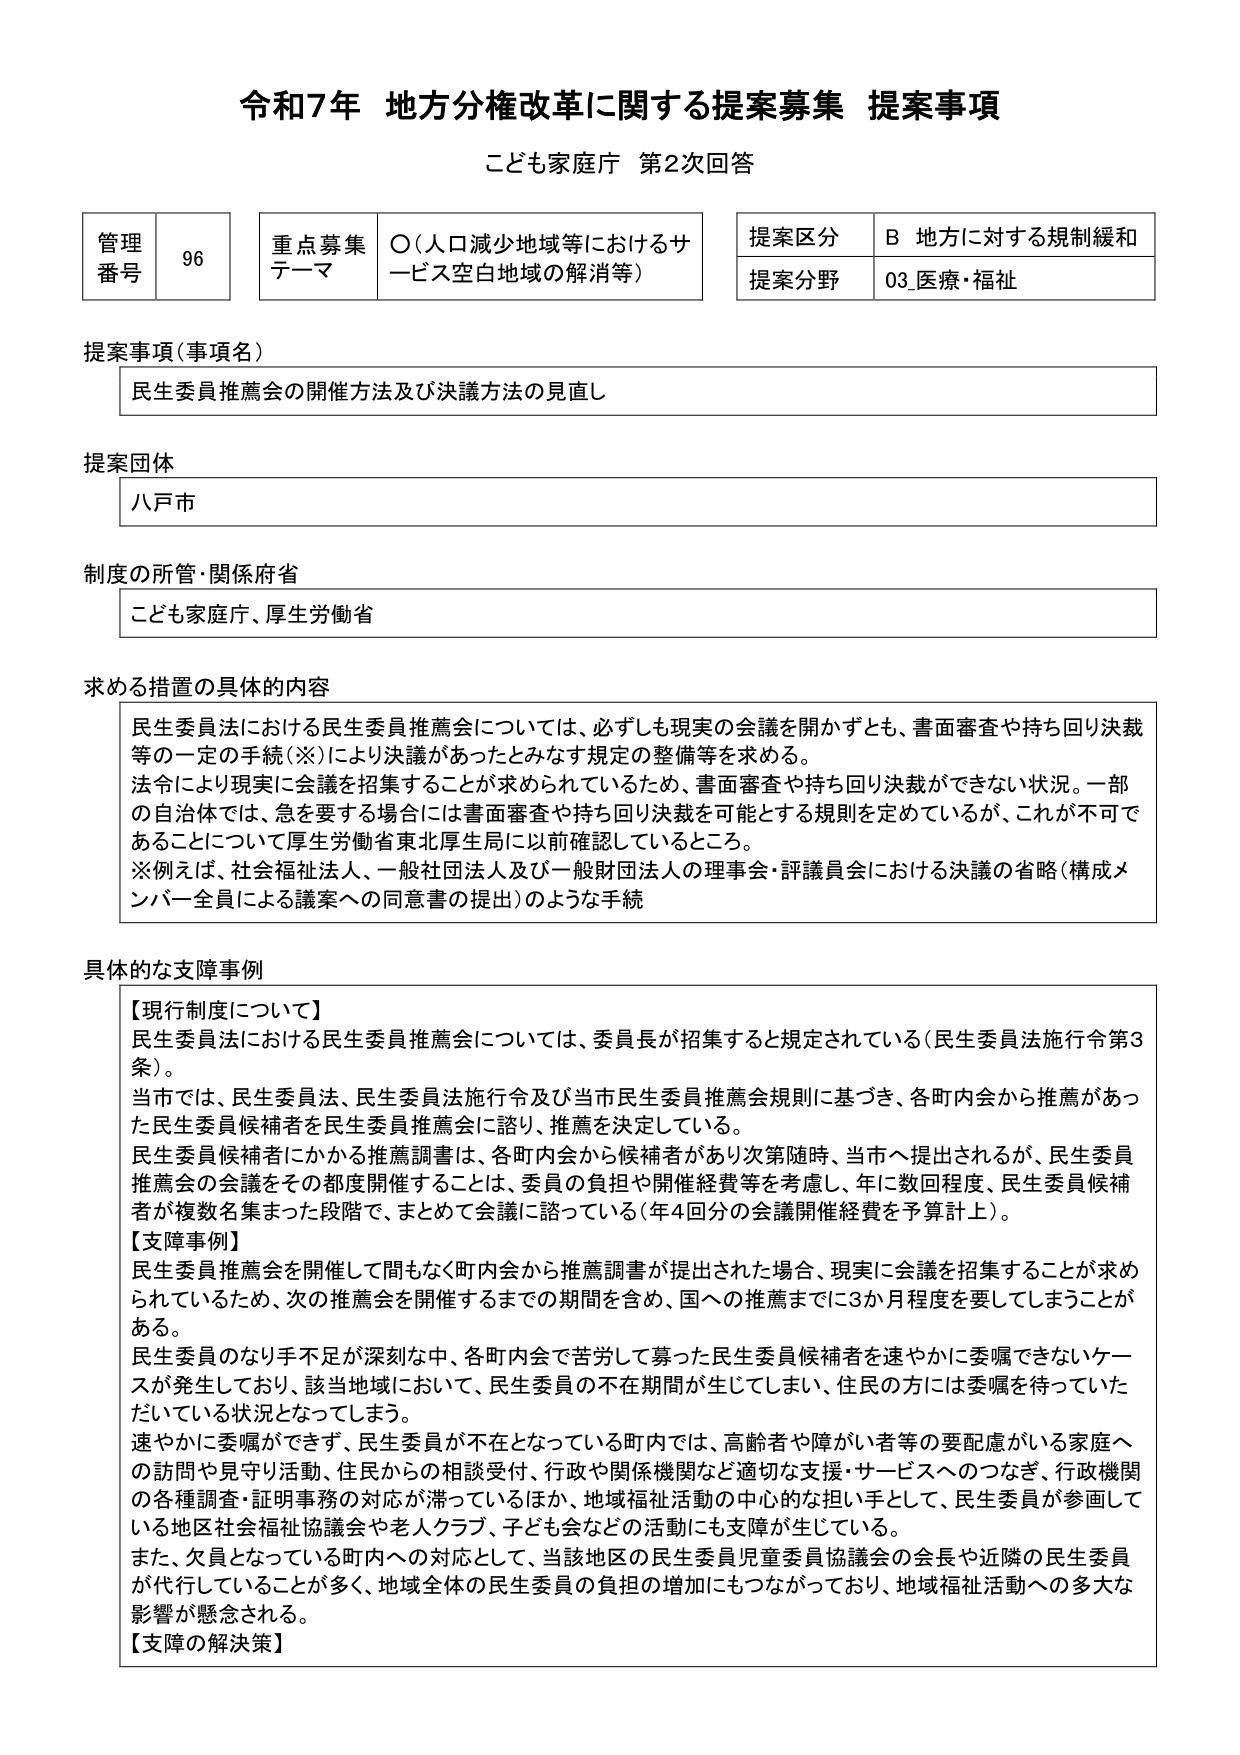
令和7年 地方分権改革に関する提案募集 提案事項
こども家庭庁 第2次回答

管理番号 96
重点募集テーマ ○（人口減少地域等におけるサービス空白地域の解消等）
提案区分 B 地方に対する規制緩和
提案分野 03_医療・福祉

提案事項（事項名）
民生委員推薦会の開催方法及び決議方法の見直し

提案団体
八戸市

制度の所管・関係府省
こども家庭庁、厚生労働省

求める措置の具体的内容
民生委員法における民生委員推薦会については、必ずしも現実の会議を開かずとも、書面審査や持ち回り決裁等の一定の手続（※）により決議があったとみなす規定の整備等を求める。
法令により現実に会議を招集することが求められているため、書面審査や持ち回り決裁ができない状況。一部の自治体では、急を要する場合には書面審査や持ち回り決裁を可能とする規則を定めているが、これが不可であることにについて厚生労働省東北厚生局に以前確認しているところ。
※例えば、社会福祉法人、一般社団法人及び一般財団法人の理事会・評議員会における決議の省略（構成メンバー全員による議案への同意書の提出）のような手続

具体的な支障事例
【現行制度について】
民生委員法における民生委員推薦会については、委員長が招集すると規定されている（民生委員法施行令第3条）。
当市では、民生委員法、民生委員法施行令及び当市民生委員推薦会規則に基づき、各町内会から推薦があった民生委員候補者を民生委員推薦会に諮り、推薦を決定している。
民生委員候補者にかかる推薦調書は、各町内会から候補者があり次第随時、当市へ提出されるが、民生委員推薦会の会議をその都度開催することは、委員の負担や開催経費等を考慮し、年に数回程度、民生委員候補者が複数名集まった段階で、まとめて会議に諮っている（年4回分の会議開催経費を予算計上）。

【支障事例】
民生委員推薦会を開催して間もなく町内会から推薦調書が提出された場合、現実に会議を招集することが求められているため、次の推薦会を開催するまでの期間を含め、国への推薦までに3か月程度を要してしまうことがある。
民生委員のなり手不足が深刻な中、各町内会で苦労して募った民生委員候補者を速やかに委嘱できないケースが発生しており、該当地域において、民生委員の不在期間が生じてしまい、住民の方には委嘱を待っていただいている状況となってしまう。
速やかに委嘱ができず、民生委員が不在となっている町内では、高齢者や障がい者等の要配慮がいる家庭への訪問や見守り活動、住民からの相談受付、行政や関係機関など適切な支援・サービスへのつなぎ、行政機関の各種調査・証明事務の対応が滞っているほか、地域福祉活動の中心的な担い手として、民生委員が参画している地区社会福祉協議会や老人クラブ、子ども会などの活動にも支障が生じている。
また、欠員となっている町内への対応として、当該地区の民生委員児童委員協議会の会長や近隣の民生委員が代行していることが多く、地域全体の民生委員の負担の増加にもつながっており、地域福祉活動への多大な影響が懸念される。

【支障の解決策】